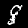
Label: 8